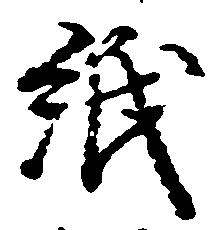
紙